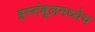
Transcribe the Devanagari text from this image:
इस्तंबूलमध्येच